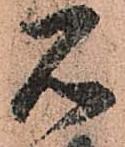
石